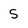
Character: S